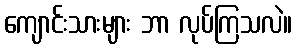
ကျောင်းသားများ ဘာ လုပ်ကြသလဲ။